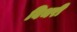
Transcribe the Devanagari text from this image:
बिथरी